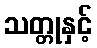
သတ္တုနှင့်